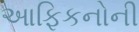
આફિકનોની